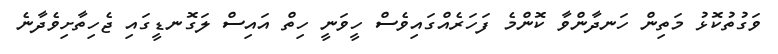
ވަގުތުކޮޅު މަތިން ހަނދާންވާ ކޮންމެ ފަހަރެއްގައިވެސް ހީވަނީ ހިތް އައިސް ލަގޮނޑީގައި ޖެހިތާށިވެދާނެ